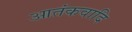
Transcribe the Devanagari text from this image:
आतंकवादि